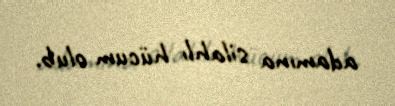
adamına silahlı hücum olub.